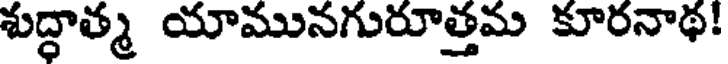
శుద్ధాత్మ యామునగురూత్తమ కూరనాథ!